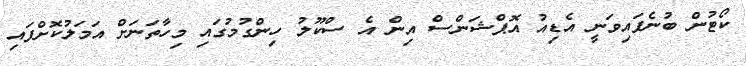
ކޯޓުން ބުނެފައިވަނީ އެޑިއު އޮޕްޝަންސް އިން އެ ސްކޫލު ހިންގުމުގައި މިހާތަނަށް އަމަލުކޮށްފައި